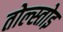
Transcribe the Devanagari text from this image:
तोल्स्तोइ